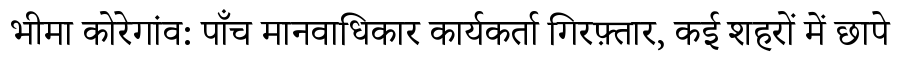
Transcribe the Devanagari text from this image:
भीमा कोरेगांव: पाँच मानवाधिकार कार्यकर्ता गिरफ़्तार, कई शहरों में छापे